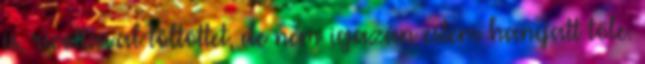
is, ricottával töltöttet, de nem igazán estem hanyatt tőle.